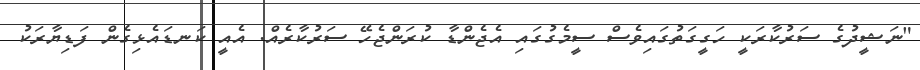
"ނަޝީދުގެ ސަރުކާރަކީ ހަގީގަތުގައިވެސް ސީމެގުގައި އެޖެންޑާ ކުރަންޖެހޭ ސަރުކާރެއް. އެއީ ކަނޑައެޅިގެން ފަޑިޔާރަކު